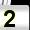
Digit: 2